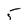
Character: 5